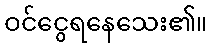
ဝင်ငွေရနေသေး၏။